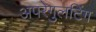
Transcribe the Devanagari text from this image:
अपरेगुलटिंग